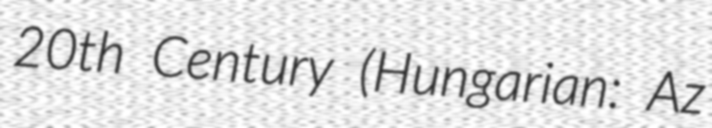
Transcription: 20th Century (Hungarian: Az